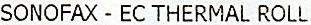
SONOFAX - EC THERMAL ROLL